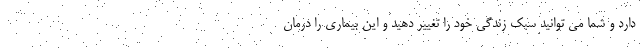
دارد و شما می توانید سبک زندگی خود را تغییر دهید و این بیماری را درمان